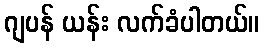
ဂျပန် ယန်း လက်ခံပါတယ်။